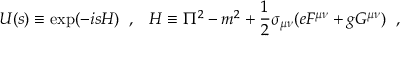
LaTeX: U ( s ) \equiv \exp ( - i s H ) \; \; , \; \; \; H \equiv \Pi ^ { 2 } - m ^ { 2 } + \frac { 1 } { 2 } \sigma _ { \mu \nu } ( e F ^ { \mu \nu } + g G ^ { \mu \nu } ) \; \; ,